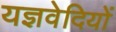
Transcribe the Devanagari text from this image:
यज्ञवेदियों